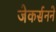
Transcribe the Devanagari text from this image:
जेकर्सनने